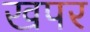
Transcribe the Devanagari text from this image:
खपर